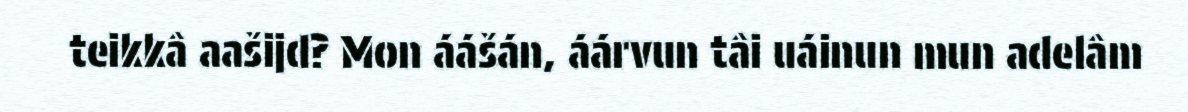
teikkâ aašijd? Mon áášán, áárvun tâi uáinun mun adelâm